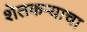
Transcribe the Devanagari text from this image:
शेतकऱ्याचा